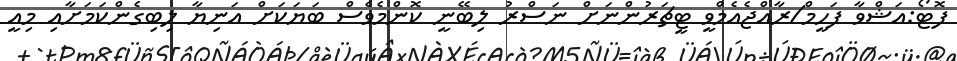
ފޮޓޯ:އަޝްވާ ފަހީމް/ރާއްޖެއެމްވީ ޓީޗަރުންނަށް ނަސްރު ލިބޭނީ ކޮންމެވެސް ބަޔަކަށް އަނިޔާ ލިބިގެންކަމަށާއި މިއީ